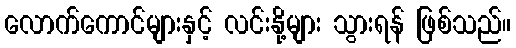
လောက်ကောင်များနှင့် လင်းနို့များ သွားရန် ဖြစ်သည်။